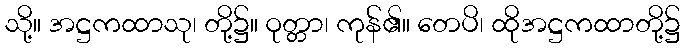
သို့။ အဋ္ဌကထာသု၊ တို့၌။ ဝုတ္တာ၊ ကုန်၏။ တေပိ၊ ထိုအဋ္ဌကထာတို့၌